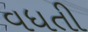
વધતી